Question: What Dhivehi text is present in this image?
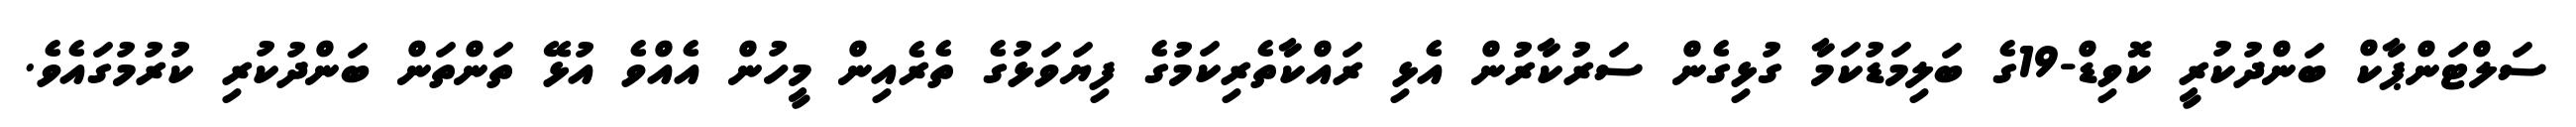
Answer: ސަލްޓަންޕާކް ބަންދުކުރީ ކޮވިޑް-19ގެ ބަލިމަޑުކަމާ ގުޅިގެން ސަރުކާރުން އެޅި ރައްކާތެރިކަމުގެ ފިޔަވަޅުގެ ތެރެއިން މީހުން އެއްވެ އުޅޭ ތަންތަން ބަންދުކުރި ކުރުމުގައެވެ.